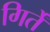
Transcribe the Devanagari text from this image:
गिर्तें